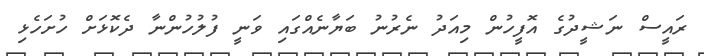
ރައީސް ނަޝީދުގެ އޮފީހުން މިއަދު ނެރުނު ބަޔާނެއްގައި ވަނީ ފުލުހުންނާ ދެކޮޅަށް ހުށަހެޅި